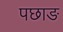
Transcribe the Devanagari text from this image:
पछाङ